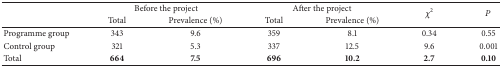
<table><thead><tr><td><b> </b></td><td colspan="2"><b>Before the project</b></td><td colspan="2"><b>After the project </b></td><td rowspan="2"><b><i>χ</i><sup>2</sup></b></td><td rowspan="2"><b><i>P</i></b></td></tr><tr><td><b> </b></td><td><b>Total</b></td><td><b>Prevalence (%)</b></td><td><b>Total</b></td><td><b>Prevalence (%)</b></td></tr></thead><tbody><tr><td>Programme group </td><td>343</td><td>9.6</td><td>359</td><td>8.1</td><td>0.34</td><td>0.55</td></tr><tr><td>Control group</td><td>321</td><td>5.3</td><td>337</td><td>12.5</td><td>9.6</td><td>0.001</td></tr><tr><td>Total</td><td><b>664</b></td><td><b>7.5</b></td><td><b>696</b></td><td><b>10.2</b></td><td><b>2.7</b></td><td><b>0.10</b></td></tr></tbody></table>